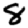
Digit: 8